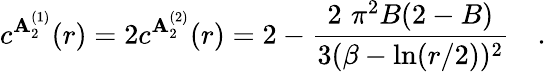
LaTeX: c^{\mathbf{A}_{2}^{(1)}}(r)=2c^{\mathbf{A}_{2}^{(2)}}(r)=2-\frac{{2\, \, \pi^{2}B(2-B)}}{{3(\beta-\ln(r/2))^{2}}}\quad.